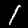
Label: 1